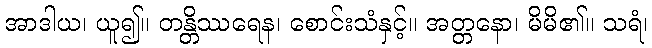
အာဒါယ၊ ယူ၍။ တန္တိဿရေန၊ စောင်းသံနှင့်။ အတ္တနော၊ မိမိ၏။ သရံ၊